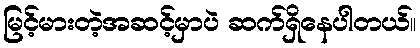
မြင့်မားတဲ့အဆင့်မှာပဲ ဆက်ရှိနေပါတယ်။